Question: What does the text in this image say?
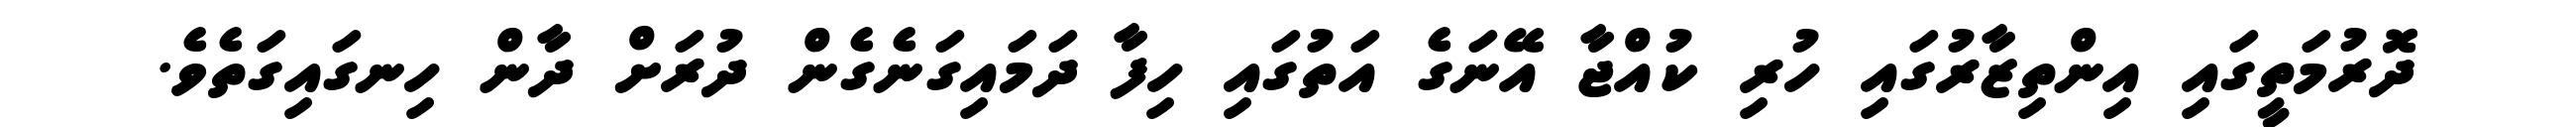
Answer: ދޮރުމަތީގައި އިންތިޒާރުގައި ހުރި ކުއްޖާ އޭނަގެ އަތުގައި ހިފާ ދަމައިގަނެގެން ދުރަށް ދާން ހިނގައިގަތެވެ.